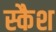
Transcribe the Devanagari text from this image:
स्कैश